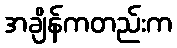
အချိန်ကတည်းက